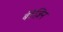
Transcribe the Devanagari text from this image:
बेरेज़िन